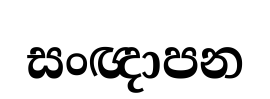
සංඥාපන